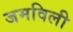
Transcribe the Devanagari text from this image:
जमविली